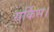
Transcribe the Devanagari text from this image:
सर्किस।